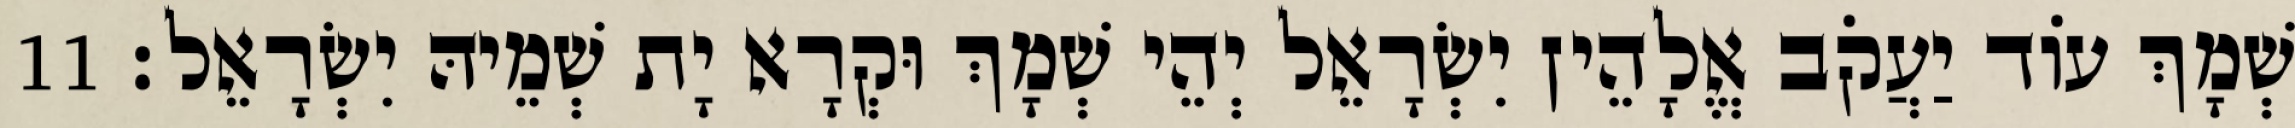
שְׁמָךְ עוֹד יַעֲקֹב אֱלָהֵין יִשְׂרָאֵל יְהֵי שְׁמָךְ וּקְרָא יָת שְׁמֵיהּ יִשְׂרָאֵל׃ 11